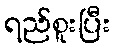
ရည်စူးပြီး